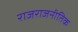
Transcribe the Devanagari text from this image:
राजराजनीतिक